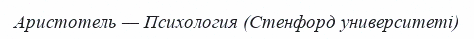
Аристотель — Психология (Стенфорд университеті)